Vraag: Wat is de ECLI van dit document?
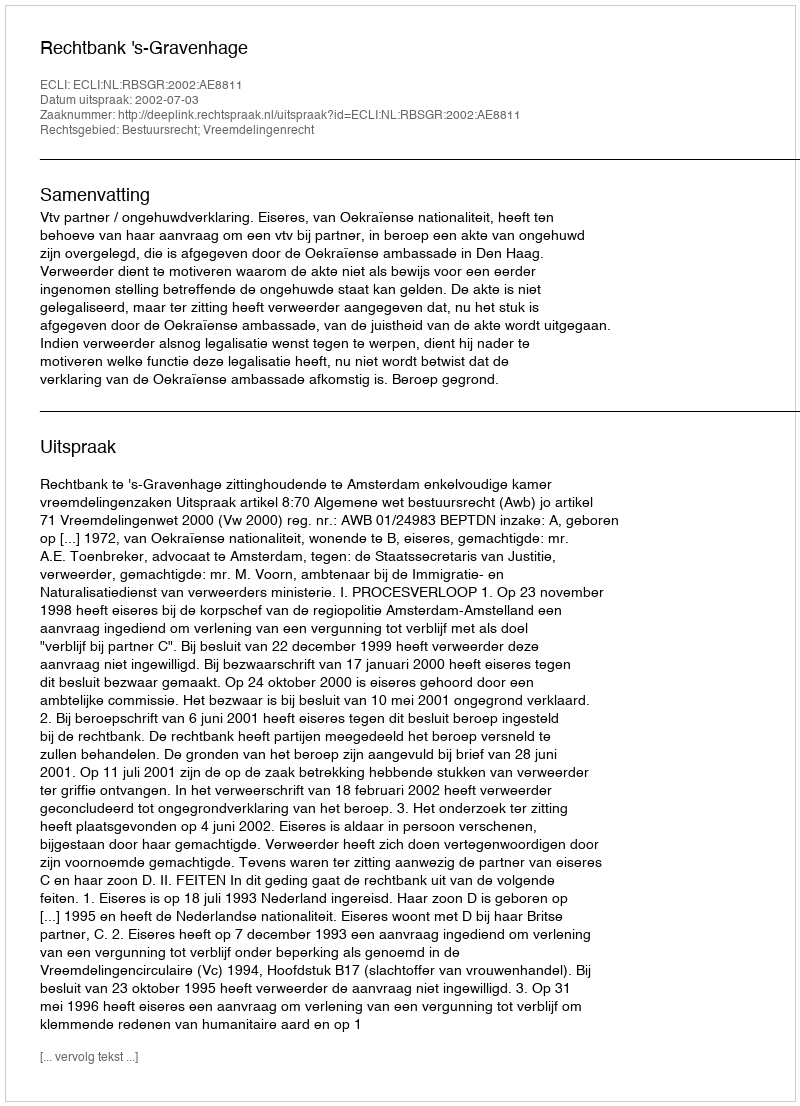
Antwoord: ECLI:NL:RBSGR:2002:AE8811